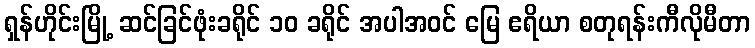
ရှန်ဟိုင်းမြို့ ဆင်ခြင်ဖုံးခရိုင် ၁၀ ခရိုင် အပါအဝင် မြေ ဧရိယာ စတုရန်းကီလိုမီတာ